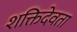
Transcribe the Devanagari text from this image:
शक्तिदेवता